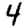
Digit: 4